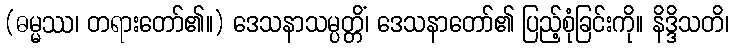
(ဓမ္မဿ၊ တရားတော်၏။) ဒေသနာသမ္ပတ္တိံ၊ ဒေသနာတော်၏ ပြည့်စုံခြင်းကို။ နိဒ္ဒိသတိ၊